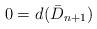
LaTeX: \begin{align*}0=d_{}(\bar{D}_{n+1})\end{align*}